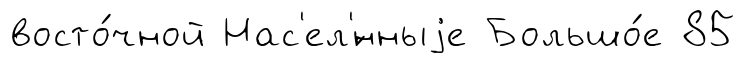
восто́чной Нас'ел'́нныjе Большо́е 85